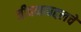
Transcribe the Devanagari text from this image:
जीवनाबद्दलचे